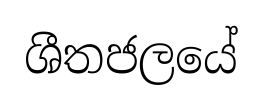
ශීතජලයේ